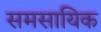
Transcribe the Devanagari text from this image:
समसायिक